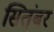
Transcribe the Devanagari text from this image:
सित्ंबर